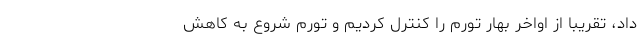
داد، تقریبا از اواخر بهار تورم را کنترل کردیم و تورم شروع به کاهش